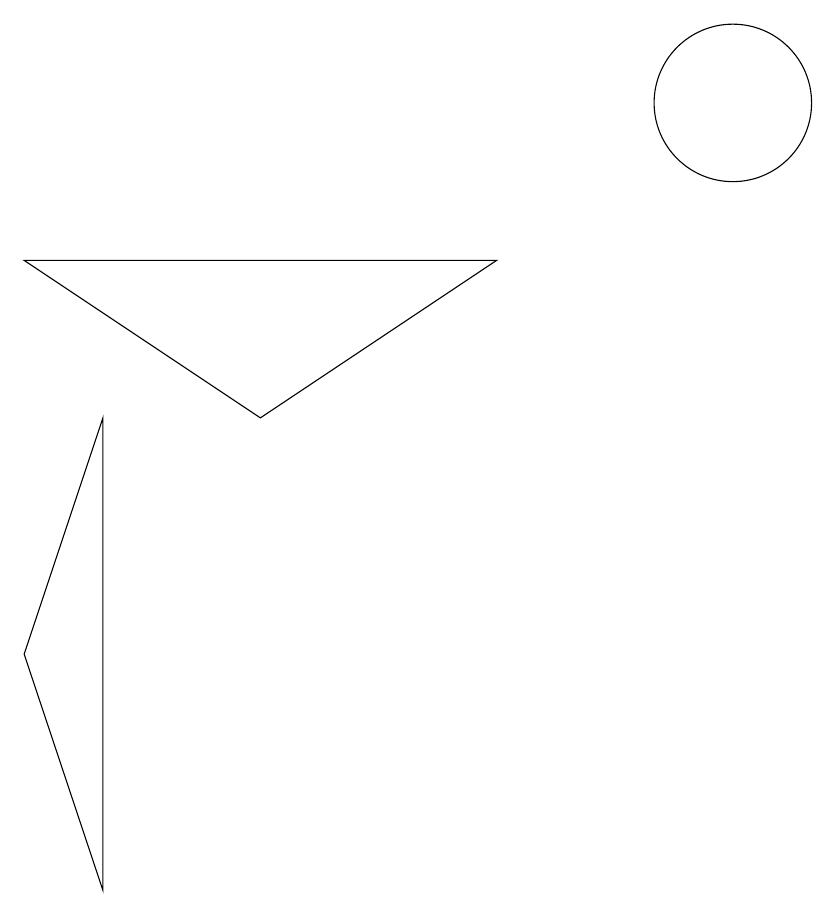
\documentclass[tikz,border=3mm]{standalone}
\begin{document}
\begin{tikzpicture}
\draw (3,7) -- (2,4) -- (3,1) -- cycle;
\draw (11,11) circle (1);
\draw (8,9) -- (2,9) -- (5,7) -- cycle;
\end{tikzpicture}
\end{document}